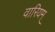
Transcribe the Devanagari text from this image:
वारियम्